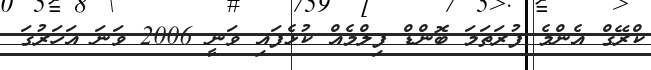
ކްރޭގް އެންމެ ފުރަތަމަ ބޮންޑް ފިލްމެއް ކުޅެފައި ވަނީ 2006 ވަނަ އަހަރުގަ